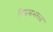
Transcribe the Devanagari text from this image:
दिवसभरात